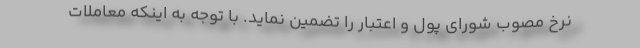
نرخ مصوب شورای پول و اعتبار را تضمین نماید. با توجه به اینکه معاملات